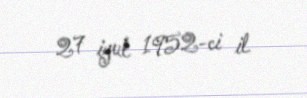
27 iyul 1952-ci il